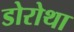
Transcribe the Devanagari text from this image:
डोरोथा